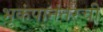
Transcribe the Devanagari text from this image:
भूकंपानंतरची